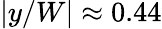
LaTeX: |y/W|\approx 0.44